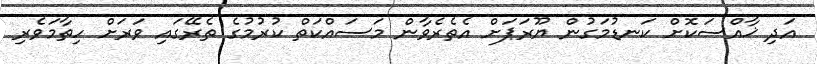
އަދި ޚާއްސަކޮށް ކަނޑުމަގުން ޔޫރަޕަށް އެތެރެވާން މަސައްކަތް ކުރުމުގެ ތެރޭގައި ވަރަށް ހިތާމަވެރި